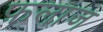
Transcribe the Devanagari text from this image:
फ़लाज